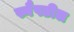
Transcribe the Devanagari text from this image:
स्नैपडील